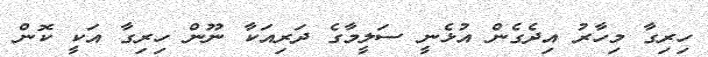
ހިރިގާ މިހާރު އިދެގެން އުޅެނީ ސަލީމާގެ ދަރިއަކާ ނޫން ހިރިގާ އަކީ ކޮން